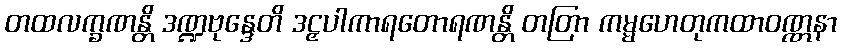
တထလက္ခဏန္တိ ဒဏ္ဍဗုန္ဒေတိ ဒဠှပါကာရတောရဏန္တိ တတြာ ကမ္မဟေတုကထာဝဏ္ဏနာ